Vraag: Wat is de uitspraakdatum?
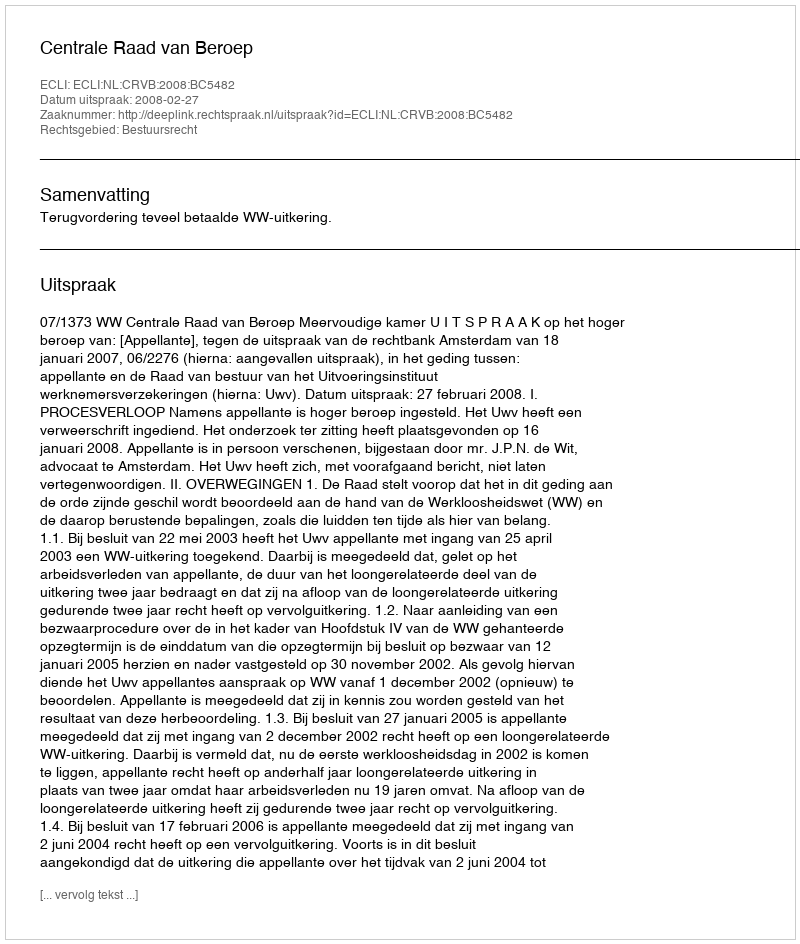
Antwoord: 2008-02-27